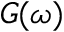
G ( \omega )